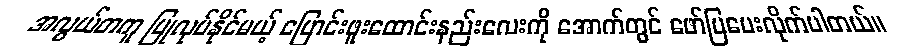
အလွယ်တကူ ပြုလုပ်နိုင်မယ့် ပြောင်းဖူးထောင်းနည်းလေးကို အောက်တွင် ဖော်ပြပေးလိုက်ပါတယ်။